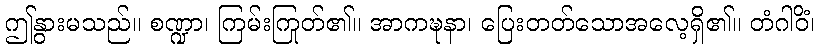
ဤနွားမသည်။ စဏ္ဍာ၊ ကြမ်းကြုတ်၏။ အာကဍ္ဎနာ၊ ပြေးတတ်သောအလေ့ရှိ၏။ တံဂါဝိံ၊